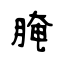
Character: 腌